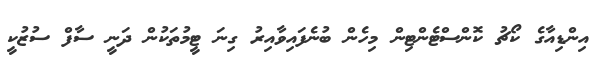
އިންޑިއާގެ ކޯޗު ކޮންސްޓެންޓިން މިހެން ބުނެފައިވާއިރު ގިނަ ޓީމުތަކުން ދަނީ ސާފް ސުޒުކީ